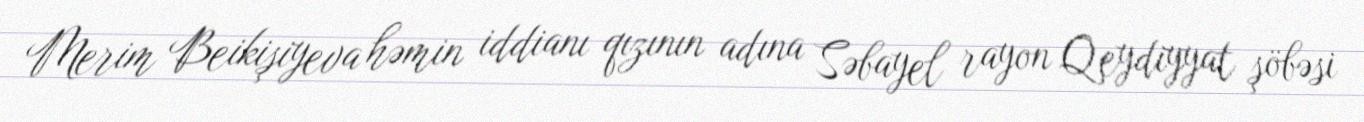
Merim Beikişiyeva həmin iddianı qızının adına Səbayel rayon Qeydiyyat şöbəsi